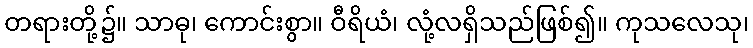
တရားတို့၌။ သာဓု၊ ကောင်းစွာ။ ဝီရိယံ၊ လုံ့လရှိသည်ဖြစ်၍။ ကုသလေသု၊